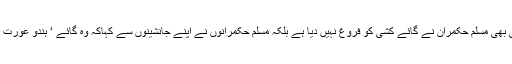
رام پنیانی نے کہاکہ کوئی بھی مسلم حکمران نے گائے کشی کو فروغ نہیں دیا ہے بلکہ مسلم حکمرانوں نے اپنے جانشینوں سے کہاکہ وہ گائے ‘ ہندو عورت اوربرہمن کا احترام کریں۔